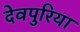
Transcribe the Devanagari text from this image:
देवपुरिया